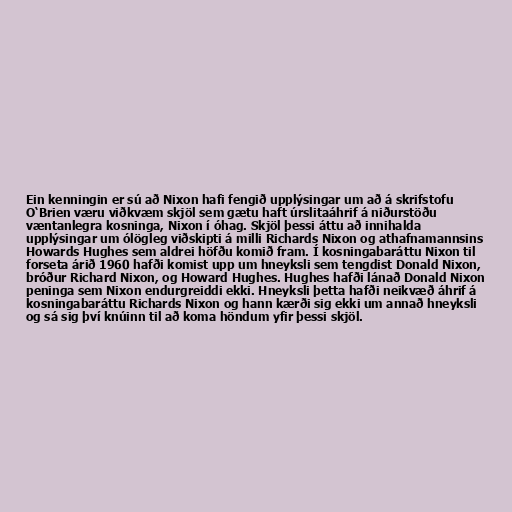
Ein kenningin er sú að Nixon hafi fengið upplýsingar um að á skrifstofu
O‘Brien væru viðkvæm skjöl sem gætu haft úrslitaáhrif á niðurstöðu
væntanlegra kosninga, Nixon í óhag. Skjöl þessi áttu að innihalda
upplýsingar um ólögleg viðskipti á milli Richards Nixon og athafnamannsins
Howards Hughes sem aldrei höfðu komið fram. Í kosningabaráttu Nixon til
forseta árið 1960 hafði komist upp um hneyksli sem tengdist Donald Nixon,
bróður Richard Nixon, og Howard Hughes. Hughes hafði lánað Donald Nixon
peninga sem Nixon endurgreiddi ekki. Hneyksli þetta hafði neikvæð áhrif á
kosningabaráttu Richards Nixon og hann kærði sig ekki um annað hneyksli
og sá sig því knúinn til að koma höndum yfir þessi skjöl.